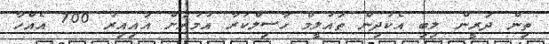
ތިން ދަރީން ލިބި އެކުދިން ތައުލީމް ހާސިލްކުރާ އުމުރަށް އައިއިރު 700 އެއްހާ